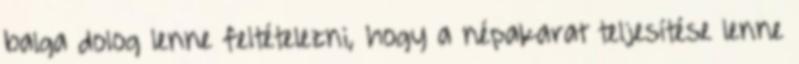
balga dolog lenne feltételezni, hogy a népakarat teljesítése lenne